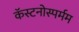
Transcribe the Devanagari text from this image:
कॅस्टनोस्पर्मम